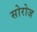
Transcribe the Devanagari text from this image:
सोरोज